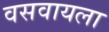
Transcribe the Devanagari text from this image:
वसवायला